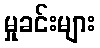
မှုခင်းများ